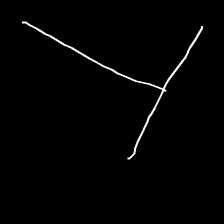
Glyph: column